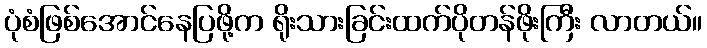
ပုံစံဖြစ်အောင်နေပြဖို့က ရိုးသားခြင်းထက်ပိုတန်ဖိုးကြီး လာတယ်။